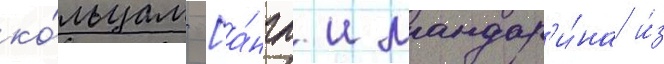
ко́льцам [а́нгл. мандар'и́на и́з